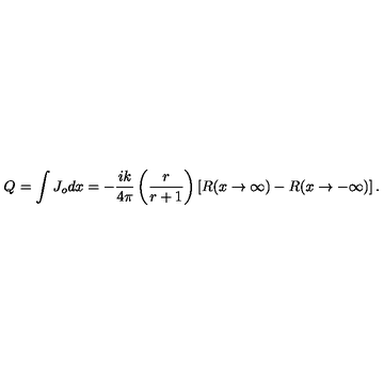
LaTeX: Q _ { } = \int J _ { o } d x = - \frac { i k } { 4 \pi } \left( \frac { r } { r + 1 } \right) \left[ R ( x \rightarrow \infty ) - R ( x \rightarrow - \infty ) \right] .